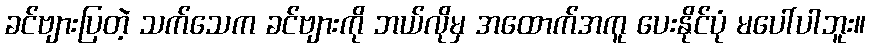
ခင်ဗျားပြတဲ့ သက်သေက ခင်ဗျားကို ဘယ်လိုမှ အထောက်အကူ ပေးနိုင်ပုံ မပေါ်ပါဘူး။